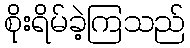
စိုးရိမ်ခဲ့ကြသည်